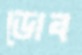
ডোব